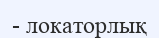
- локаторлық